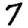
Digit: 7